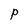
Character: P